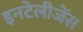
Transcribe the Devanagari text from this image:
इनटेलीजेंस